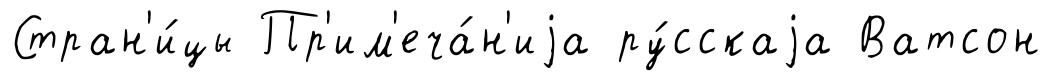
Стран'и́цы Пр'им'еча́н'иjа ру́сскаjа Ватсон